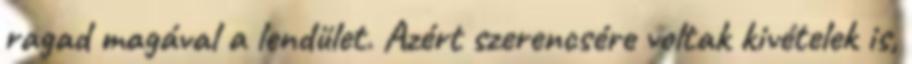
ragad magával a lendület. Azért szerencsére voltak kivételek is,